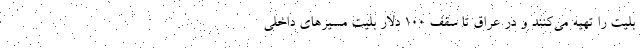
بلیت را تهیه می‌کنند و در عراق تا سقف ۱۰۰ دلار بلیت مسیرهای داخلی